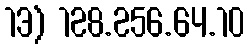
13) 128.256.64.10